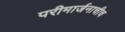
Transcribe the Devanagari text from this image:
परीमार्जनाचीच